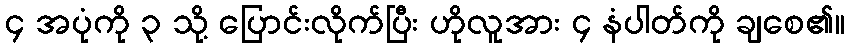
၄ အပုံကို ၃ သို့ ပြောင်းလိုက်ပြီး ဟိုလူအား ၄ နံပါတ်ကို ချစေ၏။